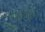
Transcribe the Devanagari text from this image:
कटीयम्